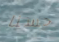
حسنا